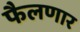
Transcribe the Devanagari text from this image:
फैलणार